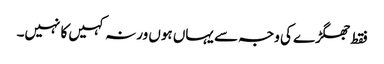
فقط جھگڑے کی وجہ سے یہاں ہوں ورنہ کہیں کا نہیں۔